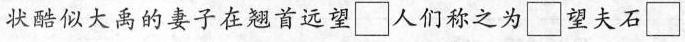
状酷似大禹的妻子在翘首远望\square人们称之为\square望夫石\square